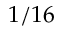
1 / 1 6